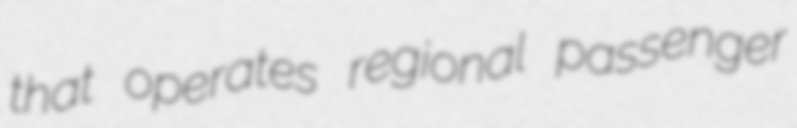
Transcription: that operates regional passenger